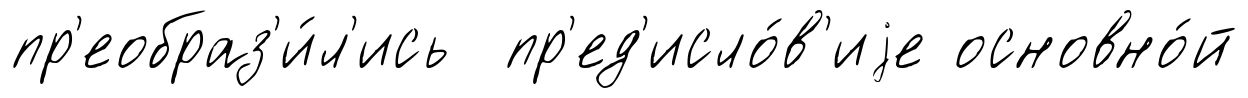
пр'еобраз'и́л'ись пр'ед'исло́в'иjе основно́й